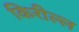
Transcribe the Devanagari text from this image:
किरील्ल